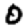
Digit: 0